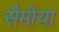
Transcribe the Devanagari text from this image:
सैमोया